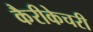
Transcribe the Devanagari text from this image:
कैरीकेचरी